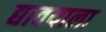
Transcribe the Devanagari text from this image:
द्यावयाला